Rangoon Lunatic Asylum 1898-1906 - 1898-1906
Year: 1898
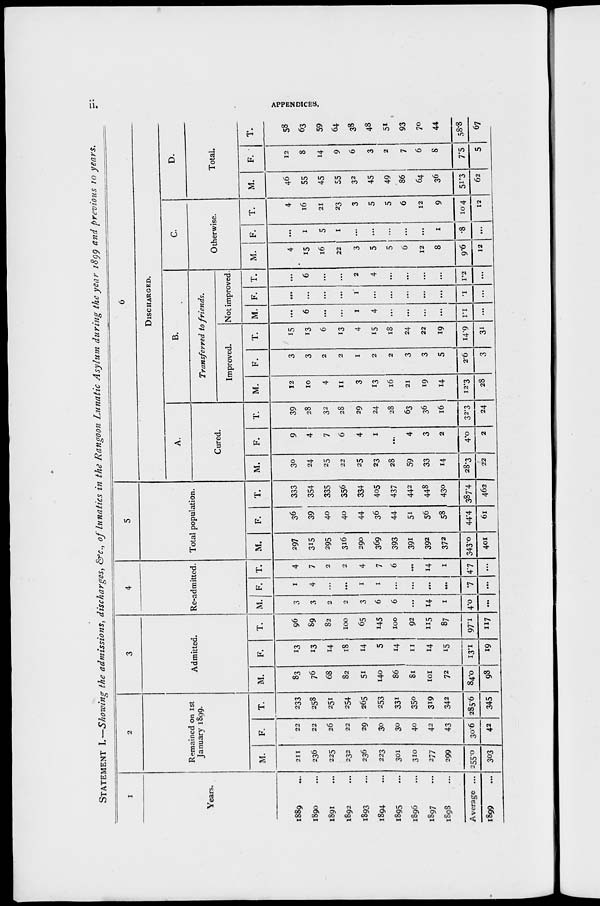
ii.
APPENDICES.
STATEMENT I.—Showing the admissions, discharges, &c., of lunatics in the Rangoon Lunatic Asylum during the year 1899 and previous 10 years.
1
Years.
1889 ...
1890 ...
1891 ...
1892 ...
1893 ...
1894 ...
1895 ...
1896 ...
1897 ...
1898 ...
Average ...
1899 ...
2
Remained on 1st
January 1899.
M.
211
236
225
232
236
223
301
310
277
299
255.0
303
F.
22
22
26
22
29
30
30
40
42
43
30.6
42
T.
233
258
251
254
265
253
331
350
319
342
285.6
345
3
Admitted.
M.
83
76
68
82
51
140
86
81
101
72
84.0
98
F.
13
13
14
18
14
5
14
11
14
15
13.1
19
T.
96
89
82
100
65
145
100
92
115
87
97.1
117
4
Re-admitted.
M.
3
3
2
2
3
6
6
...
14
1
4.0
...
F.
1
4
...
...
1
1
...
...
...
...
.7
...
T.
4
7
2
2
4
7
6
...
14
1
4.7
...
5
Total population.
M.
297
315
295
316
290
369
393
391
392
372
343.0
401
F.
36
39
40
40
44
36
44
51
56
58
44.4
61
T.
333
354
335
356
334
405
437
442
448
430
387.4
462
6
DISCHARGED.
A.
Cured.
M.
30
24
25
22
25
23
28
59
33
14
28.3
22
F.
9
4
7
6
4
1
...
4
3
2
4.0
2
T.
39
28
32
28
29
24
28
63
36
16
32.3
24
B.
Transferred to friends.
Improved.
M.
12
10
4
11
3
13
16
21
19
14
12.3
28
F.
3
3
2
2
1
2
2
3
3
5
2.6
3
T.
15
13
6
13
4
15
18
24
22
19
14.9
31
Not improved.
M.
...
6
...
...
1
4
...
...
...
...
1.1
...
F.
...
...
...
...
1
...
...
...
...
...
.1
...
T.
...
6
...
...
2
4
...
...
...
...
1.2
...
C.
Otherwise.
M.
4
15
16
22
3
5
5
6
12
8
9.6
12
F.
...
1
5
1
...
...
...
...
...
1
.8
...
T.
4
16
21
23
3
5
5
6
12
9
104
12
D.
Total.
M.
46
55
45
55
32
45
49
86
64
36
51.3
62
F.
12
8
14
9
6
3
2
7
6
8
7.5
5
T.
58
63
59
64
38
48
51
93
70
44
58.8
67